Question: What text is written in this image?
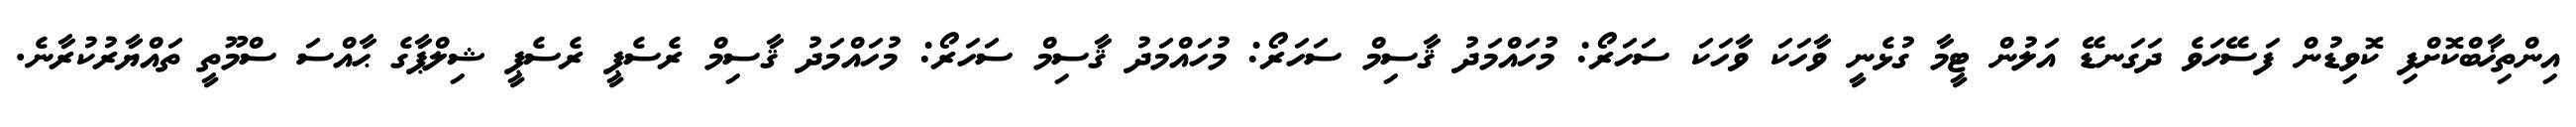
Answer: އިންތިޚާބްކޮށްފި ކޮވިޑުން ފަސޭހަވެ ދަގަނޑޭ އަލުން ޓީމާ ގުޅެނީ ވާހަކަ ވާހަކަ ސަހަރޯ: މުހައްމަދު ޤާސިމް ސަހަރޯ: މުހައްމަދު ޤާސިމް ސަހަރޯ: މުހައްމަދު ޤާސިމް ރެސެޕީ ރެސެޕީ ޝިލްޕާގެ ޙާއްސަ ސްމޫތީ ތައްޔާރުކުރާނެ.